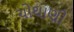
ચોથાણી